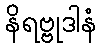
နိရဗ္ဗုဒါနံ